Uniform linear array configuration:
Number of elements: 4
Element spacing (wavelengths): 0.5
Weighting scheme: hann
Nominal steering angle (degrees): -45
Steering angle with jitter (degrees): -46.11
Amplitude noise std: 0.05
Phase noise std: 0.05

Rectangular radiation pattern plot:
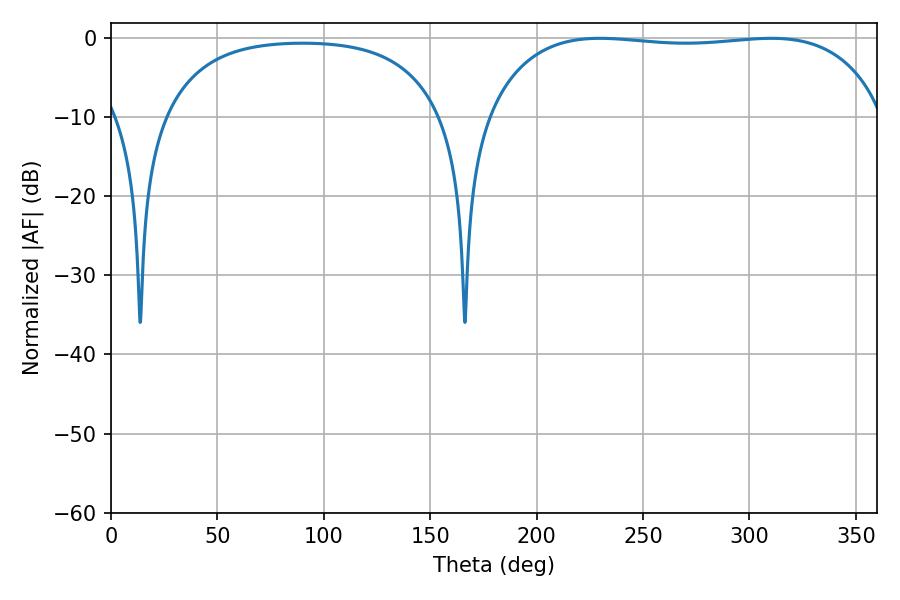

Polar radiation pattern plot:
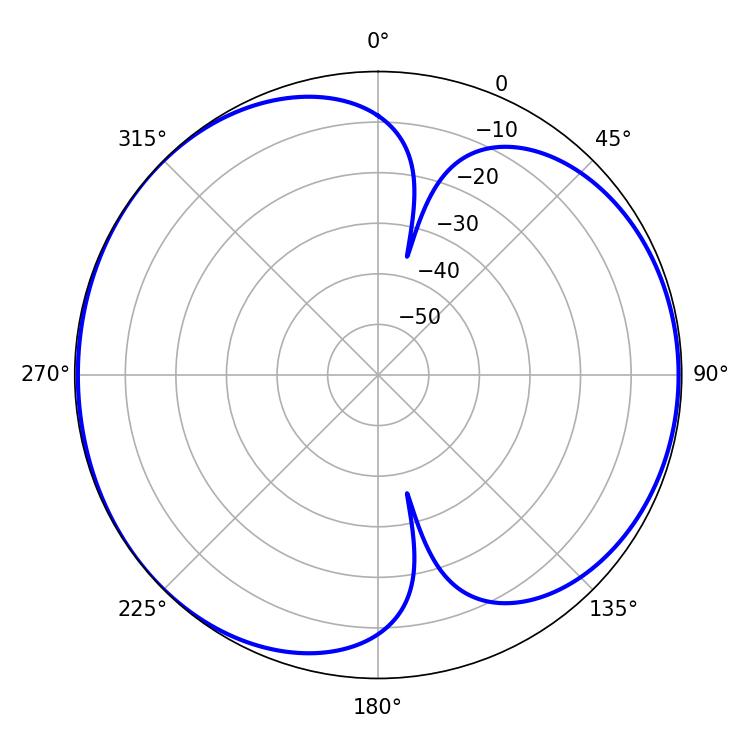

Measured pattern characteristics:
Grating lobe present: FALSE
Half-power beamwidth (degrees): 149.4
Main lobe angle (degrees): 229.68